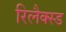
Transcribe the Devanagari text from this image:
रिलैक्स्ड